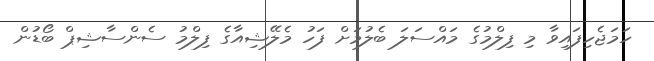
ހަމަޖެހިފައިވާ މި ފިލްމުގެ މައްސަލަ ބެލުމަށް ފަހު މެލޭޝިއާގެ ފިލްމު ސެންސާޝިޕް ބޯޑުން